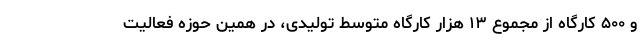
و ۵۰۰ کارگاه از مجموع ۱۳ هزار کارگاه متوسط تولیدی، در همین حوزه فعالیت